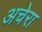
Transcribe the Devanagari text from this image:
अचेरा